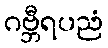
ဂဗ္ဘီရပညံ